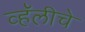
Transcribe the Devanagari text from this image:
व्हॅलीचे